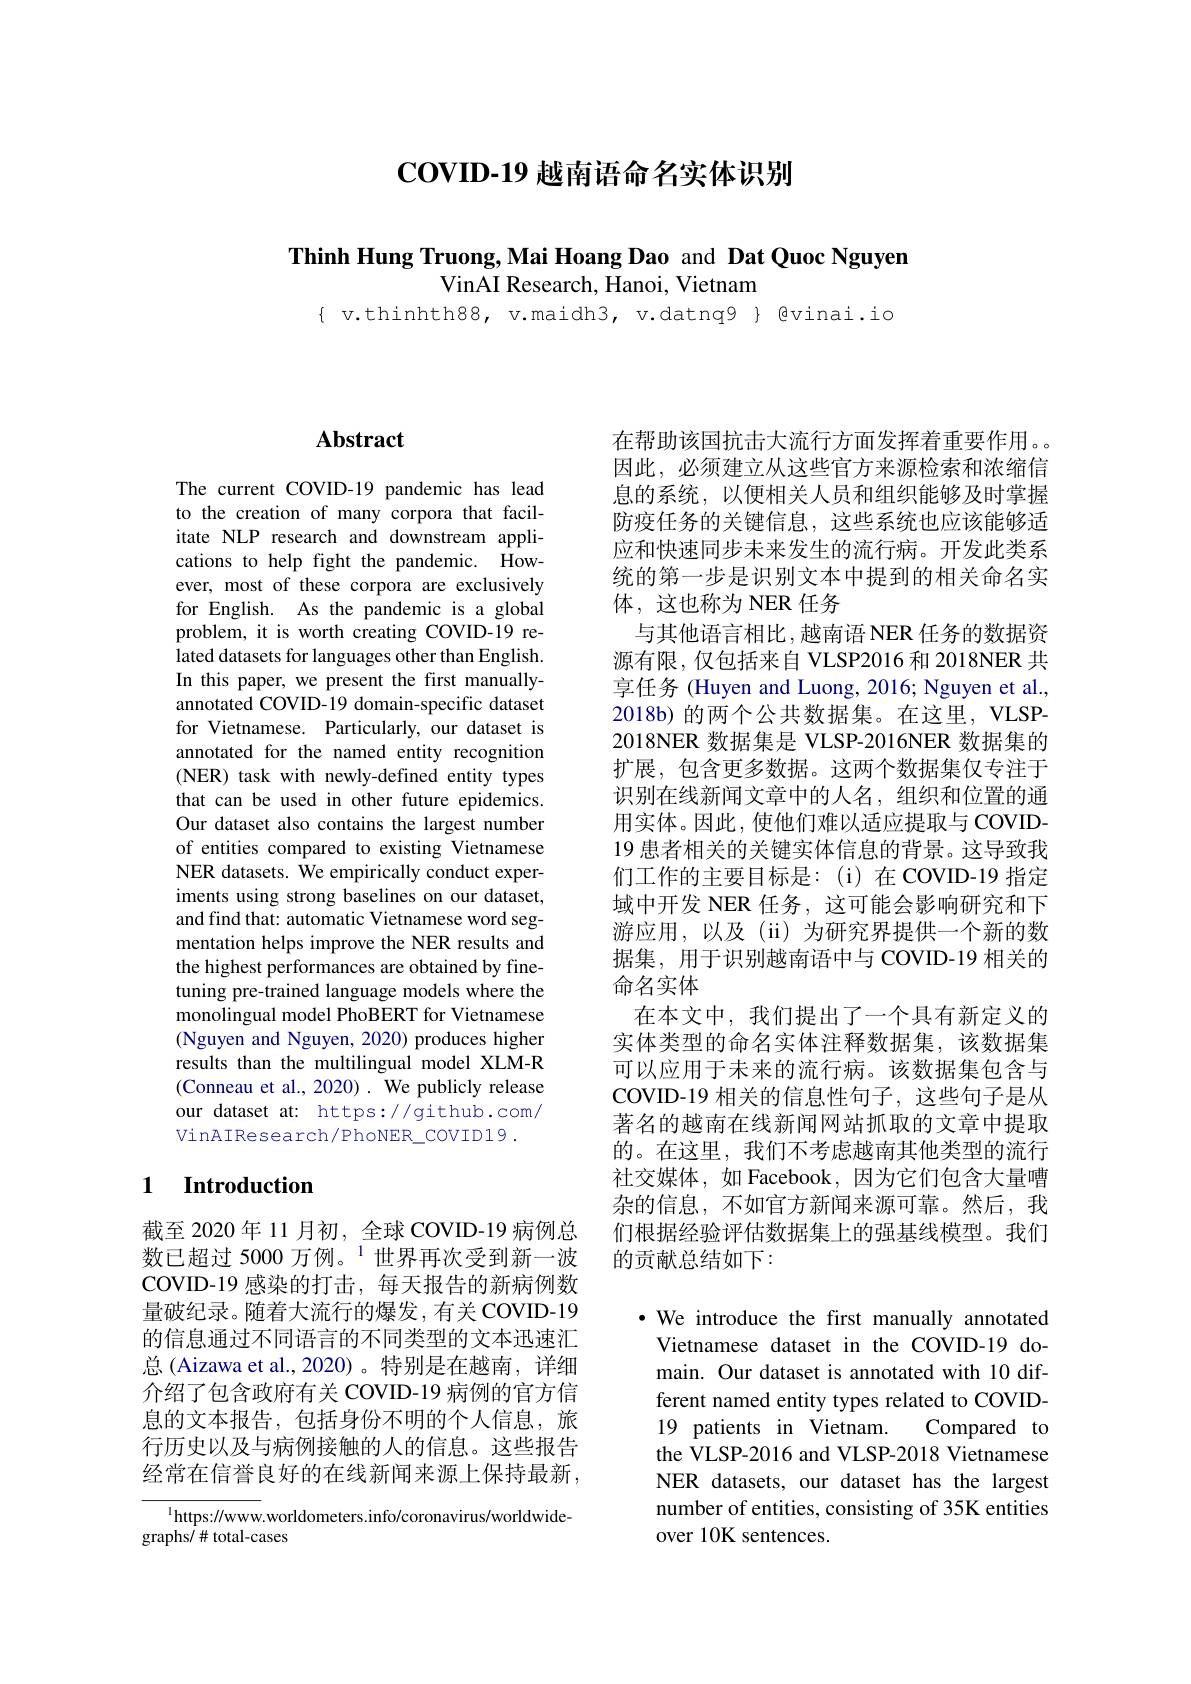
$\mathbf{COVID-19}$越南语命名实体识别

Thinh Hung Truong,Mai Hoang Dao and Dat Quoc Nguyen

VinAI Research, Hanoi, Vietnam

$\{$ v.thinhth88, v.maidh3, v.datnq9 $\}$ gvinai.io

# Abstract

The current COVID-19 pandemic has lead to the creation of many corpora that facilitate NLP research and downstream applications to help fight the pandemic. However, most of these corpora are exclusively for English. As the pandemic is a global problem, it is worth creating COVID-19 related datasets for languages other than English. In this paper, we present the first manuallyannotated COVID-19 domain-specific dataset for Vietnamese. Particularly, our dataset is annotated for the named entity recognition (NER) task with newly-defined entity types that can be used in other future epidemics. Our dataset also contains the largest number of entities compared to existing Vietnamese NER datasets. $\hat{\mathrm{We~empirically~conduct~exper-}}$ iments using strong baselines on our dataset, and find that: automatic Vietnamese word segmentation helps improve the NER results and the highest performances are obtained by finetuning pre-trained language models where the monolingual model PhoBERT for Vietnamese (Nguyen and Nguyen, 2020) produces higher results than the multilingual model XLM-R (Conneau et al., 2020). We publicly release our dataset at: https://github.com/ VinAIResearch/PhoNER\_COVID19.

### 1 $\textbf{Introduction}$

截至 2020 年 11 月初，全球 COVID-19 病例总数已超过 5000 万例。$^{1}$世界再次受到新一波COVID-19 感染的打击，每天报告的新病例数量破纪录。随着大流行的爆发，有关 COVID-19的信息通过不同语言的不同类型的文本迅速汇总 (Aizawa et al.,2020)。特别是在越南，详细介绍了包含政府有关 COVID-19 病例的官方信息的文本报告，包括身份不明的个人信息，旅行历史以及与病例接触的人的信息。这些报告经常在信誉良好的在线新闻来源上保持最新，

$^{1}$https://www.worldometers.info/coronavirus/worldwide-
graphs/# total-cases

在帮助该国抗击大流行方面发挥着重要作用。因此，必须建立从这些官方来源检索和浓缩信息的系统，以便相关人员和组织能够及时掌握防疫任务的关键信息，这些系统也应该能够适应和快速同步未来发生的流行病。开发此类系统的第一步是识别文本中提到的相关命名实体，这也称为 NER 任务
与其他语言相比，越南语 NER 任务的数据资源有限，仅包括来自 VLSP2016 和 2018NER 共享任务 (Huyen and Luong, 2016; Nguyen et al., 2018b) 的两个公共数据集。在这里，VLSP- 2018NER 数据集是 VLSP-2016NER 数据集的扩展，包含更多数据。这两个数据集仅专注于识别在线新闻文章中的人名，组织和位置的通用实体。因此，使他们难以适应提取与 COVID- 19 患者相关的关键实体信息的背景。这导致我们工作的主要目标是：(i)在COVID-19 指定域中开发 NER 任务，这可能会影响研究和下游应用，以及(ii)为研究界提供一个新的数据集，用于识别越南语中与 COVID-19 相关的命名实体
在本文中，我们提出了一个具有新定义的实体类型的命名实体注释数据集，该数据集可以应用于未来的流行病。该数据集包含与COVID-19 相关的信息性句子，这些句子是从著名的越南在线新闻网站抓取的文章中提取的。在这里，我们不考虑越南其他类型的流行社交媒体，如 Facebook, 因为它们包含大量嘈杂的信息，不如官方新闻来源可靠。然后，我们根据经验评估数据集上的强基线模型。我们的贡献总结如下：

$\cdot$ We introduce the first manually annotated Vietnamese dataset in the COVID-19 domain. Our dataset is annotated with 10 different named entity types related to COVID- 19 patients in Vietnam. Compared to the VLSP-2016 and VLSP-2018 Vietnamese NER datasets, our dataset has the largest number of entities, consisting of 35K entities over 10K sentences.